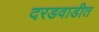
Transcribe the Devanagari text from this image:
दरडवाडीत